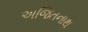
અજિતનાથ